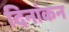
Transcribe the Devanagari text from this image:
दिनांकन